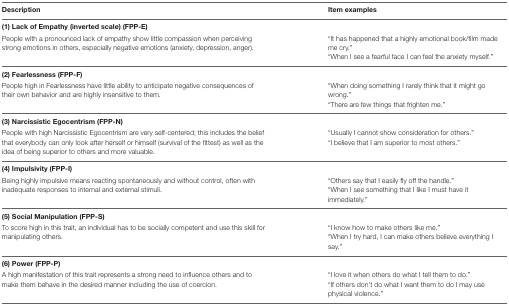
<table><thead><tr><td><b>Description</b></td><td><b>Item examples</b></td></tr></thead><tbody><tr><td colspan="2"><b>(1) Lack of Empathy (inverted scale) (FPP-E)</b></td></tr><tr><td>People with a pronounced lack of empathy show little compassion when perceiving strong emotions in others, especially negative emotions (anxiety, depression, anger).</td><td>“It has happened that a highly emotional book/film made me cry.”“When I see a fearful face I can feel the anxiety myself.”</td></tr><tr><td colspan="2"><b>(2) Fearlessness (FPP-F)</b></td></tr><tr><td>People high in Fearlessness have little ability to anticipate negative consequences of their own behavior and are highly insensitive to them.</td><td>“When doing something I rarely think that it might go wrong.”“There are few things that frighten me.”</td></tr><tr><td colspan="2"><b>(3) Narcissistic Egocentrism (FPP-N)</b></td></tr><tr><td>People with high Narcissistic Egocentrism are very self-centered; this includes the belief that everybody can only look after herself or himself (survival of the fittest) as well as the idea of being superior to others and more valuable.</td><td>“Usually I cannot show consideration for others.”“I believe that I am superior to most others.”</td></tr><tr><td colspan="2"><b>(4) Impulsivity (FPP-I)</b></td></tr><tr><td>Being highly impulsive means reacting spontaneously and without control, often with inadequate responses to internal and external stimuli.</td><td>“Others say that I easily fly off the handle.”“When I see something that I like I must have it immediately.”</td></tr><tr><td colspan="2"><b>(5) Social Manipulation (FPP-S)</b></td></tr><tr><td>To score high in this trait, an individual has to be socially competent and use this skill for manipulating others.</td><td>“I know how to make others like me.”“When I try hard, I can make others believe everything I say.”</td></tr><tr><td colspan="2"><b>(6) Power (FPP-P)</b></td></tr><tr><td>A high manifestation of this trait represents a strong need to influence others and to make them behave in the desired manner including the use of coercion.</td><td>“I love it when others do what I tell them to do.”“If others don’t do what I want them to do I may use physical violence.”</td></tr></tbody></table>